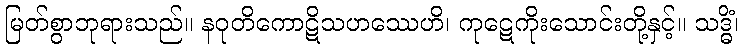
မြတ်စွာဘုရားသည်။ နဝုတိကောဋိသဟဿေဟိ၊ ကုဋေကိုးသောင်းတို့နှင့်။ သဒ္ဓိံ၊